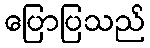
ပြောပြသည်